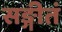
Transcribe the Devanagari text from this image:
सङ्गीतं